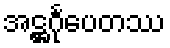
အဋ္ဌင်္ဂုပေတဿ